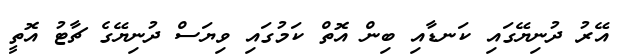
އޭރު ދުނިޔޭގައި ކަނޑާއި ބިން އޮތް ކަމުގައި ވިޔަސް ދުނިޔޭގެ ޗާޓު އޮތީ